Document type: Sale
Year: 1323
Scribe: Guillem Coscoll
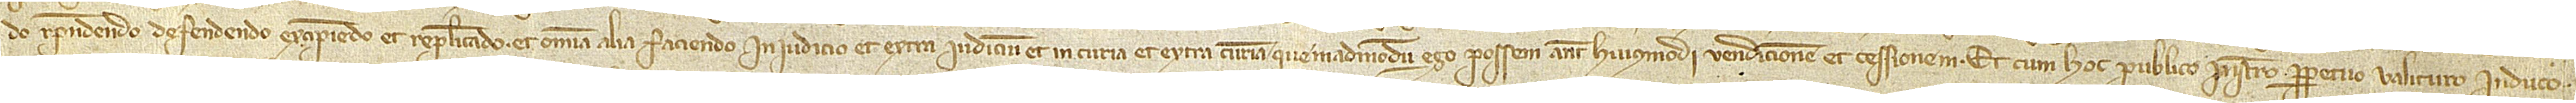
do, respondendo, defendendo, excipiendo et replicando, et omnia alia faciendo, in iudicio et extra iudicium, et in curia et extra curiam, quemadmodum ego possem ante huiusmodi vendicionem et cessionem. Et cum hoc publico instrumento perpetuo valituro induco